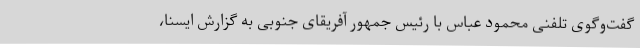
گفت‌وگوی تلفنی محمود عباس با رئیس جمهور آفریقای جنوبی به گزارش ایسنا،